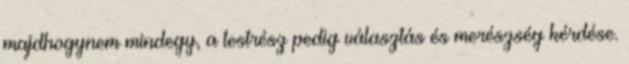
majdhogynem mindegy, a testrész pedig választás és merészség kérdése.